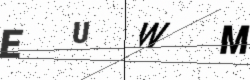
Text: EUWM